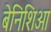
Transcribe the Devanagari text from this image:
बेनिशिआ